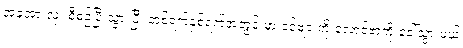
အခုအားလုံး စီစဉ်ပြီးသွားပြီ၊ တစ်ရက်နှစ်ရက်အတွင်းမှာ ခင်ဗျားကို လောင်ဗာကို ခေါ်သွားမယ်